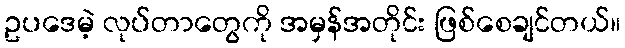
ဥပဒေမဲ့ လုပ်တာတွေကို အမှန်အတိုင်း ဖြစ်စေချင်တယ်။